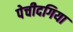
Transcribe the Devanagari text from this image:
पेचीदगिया